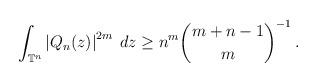
LaTeX: \begin{align*} \int_{\mathbb{T}^{n}}{\left| Q_{n}(z) \right|^{2m} \: dz} \geq n^m \binom{m+n-1}{m}^{-1}\,.\end{align*}